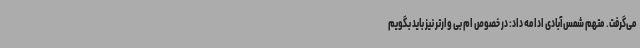
می‌گرفت. متهم شمس‌آبادی ادامه داد: در خصوص ام بی وارتر نیز باید بگویم